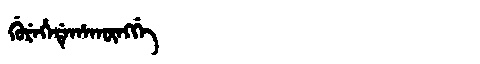
Manchu: ᡤᡠᡵᡝᡥᡝᡩᡝᡥᠠᡴᡡᠩᡤᡝ
Romanization: GUREHEDEHAKŪNGGE